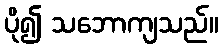
ပို၍ သဘောကျသည်။